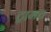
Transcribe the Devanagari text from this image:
ट्रामच